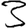
Digit: 3